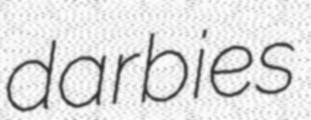
darbies